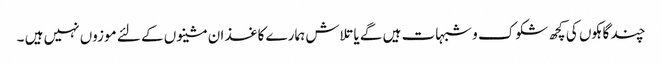
چند گاہکوں کی کچھ شکوک و شبہات ہیں گے یا تلاش ہمارے کاغذ ان مشینوں کے لئے موزوں نہیں ہیں ۔